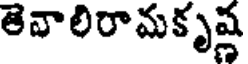
తెవాలిరామకృష్ణ